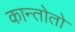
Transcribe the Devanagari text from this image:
कान्तोतो